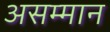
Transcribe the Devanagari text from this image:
असम्मान